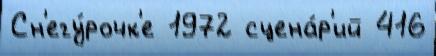
Сн'егу́рочк'е 1972 сцена́р'ий 416